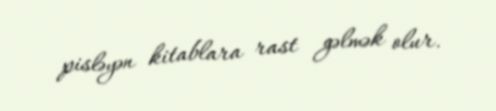
pisləyən kitablara rast gəlmək olur.